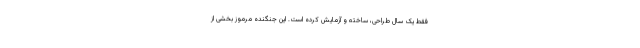
فقط یک سال طراحی، ساخته و آزمایش کرده است. این جنگنده مرموز بخشی از